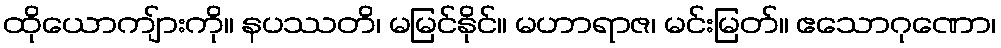
ထိုယောကျ်ားကို။ နပဿတိ၊ မမြင်နိုင်။ မဟာရာဇ၊ မင်းမြတ်။ ဧသောဂုဏော၊